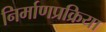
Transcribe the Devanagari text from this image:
निर्माणप्रक्रिया